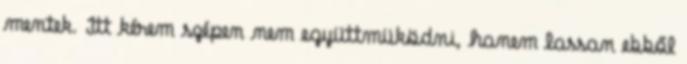
mentek. Itt kérem szépen nem együttmüködni, hanem lassan ebből